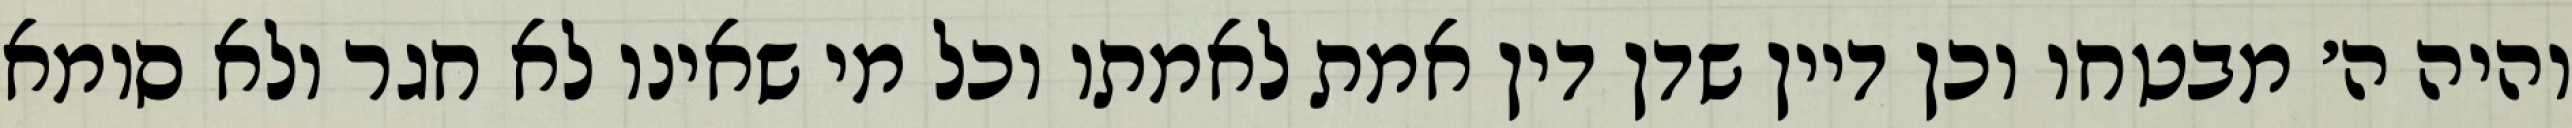
והיה ה׳ מבטחו וכן דיין שדן דין אמת לאמתו וכל מי שאינו לא חגר ולא סומא